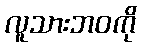
လူသားဘဝကို